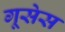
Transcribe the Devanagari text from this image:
गूसेस